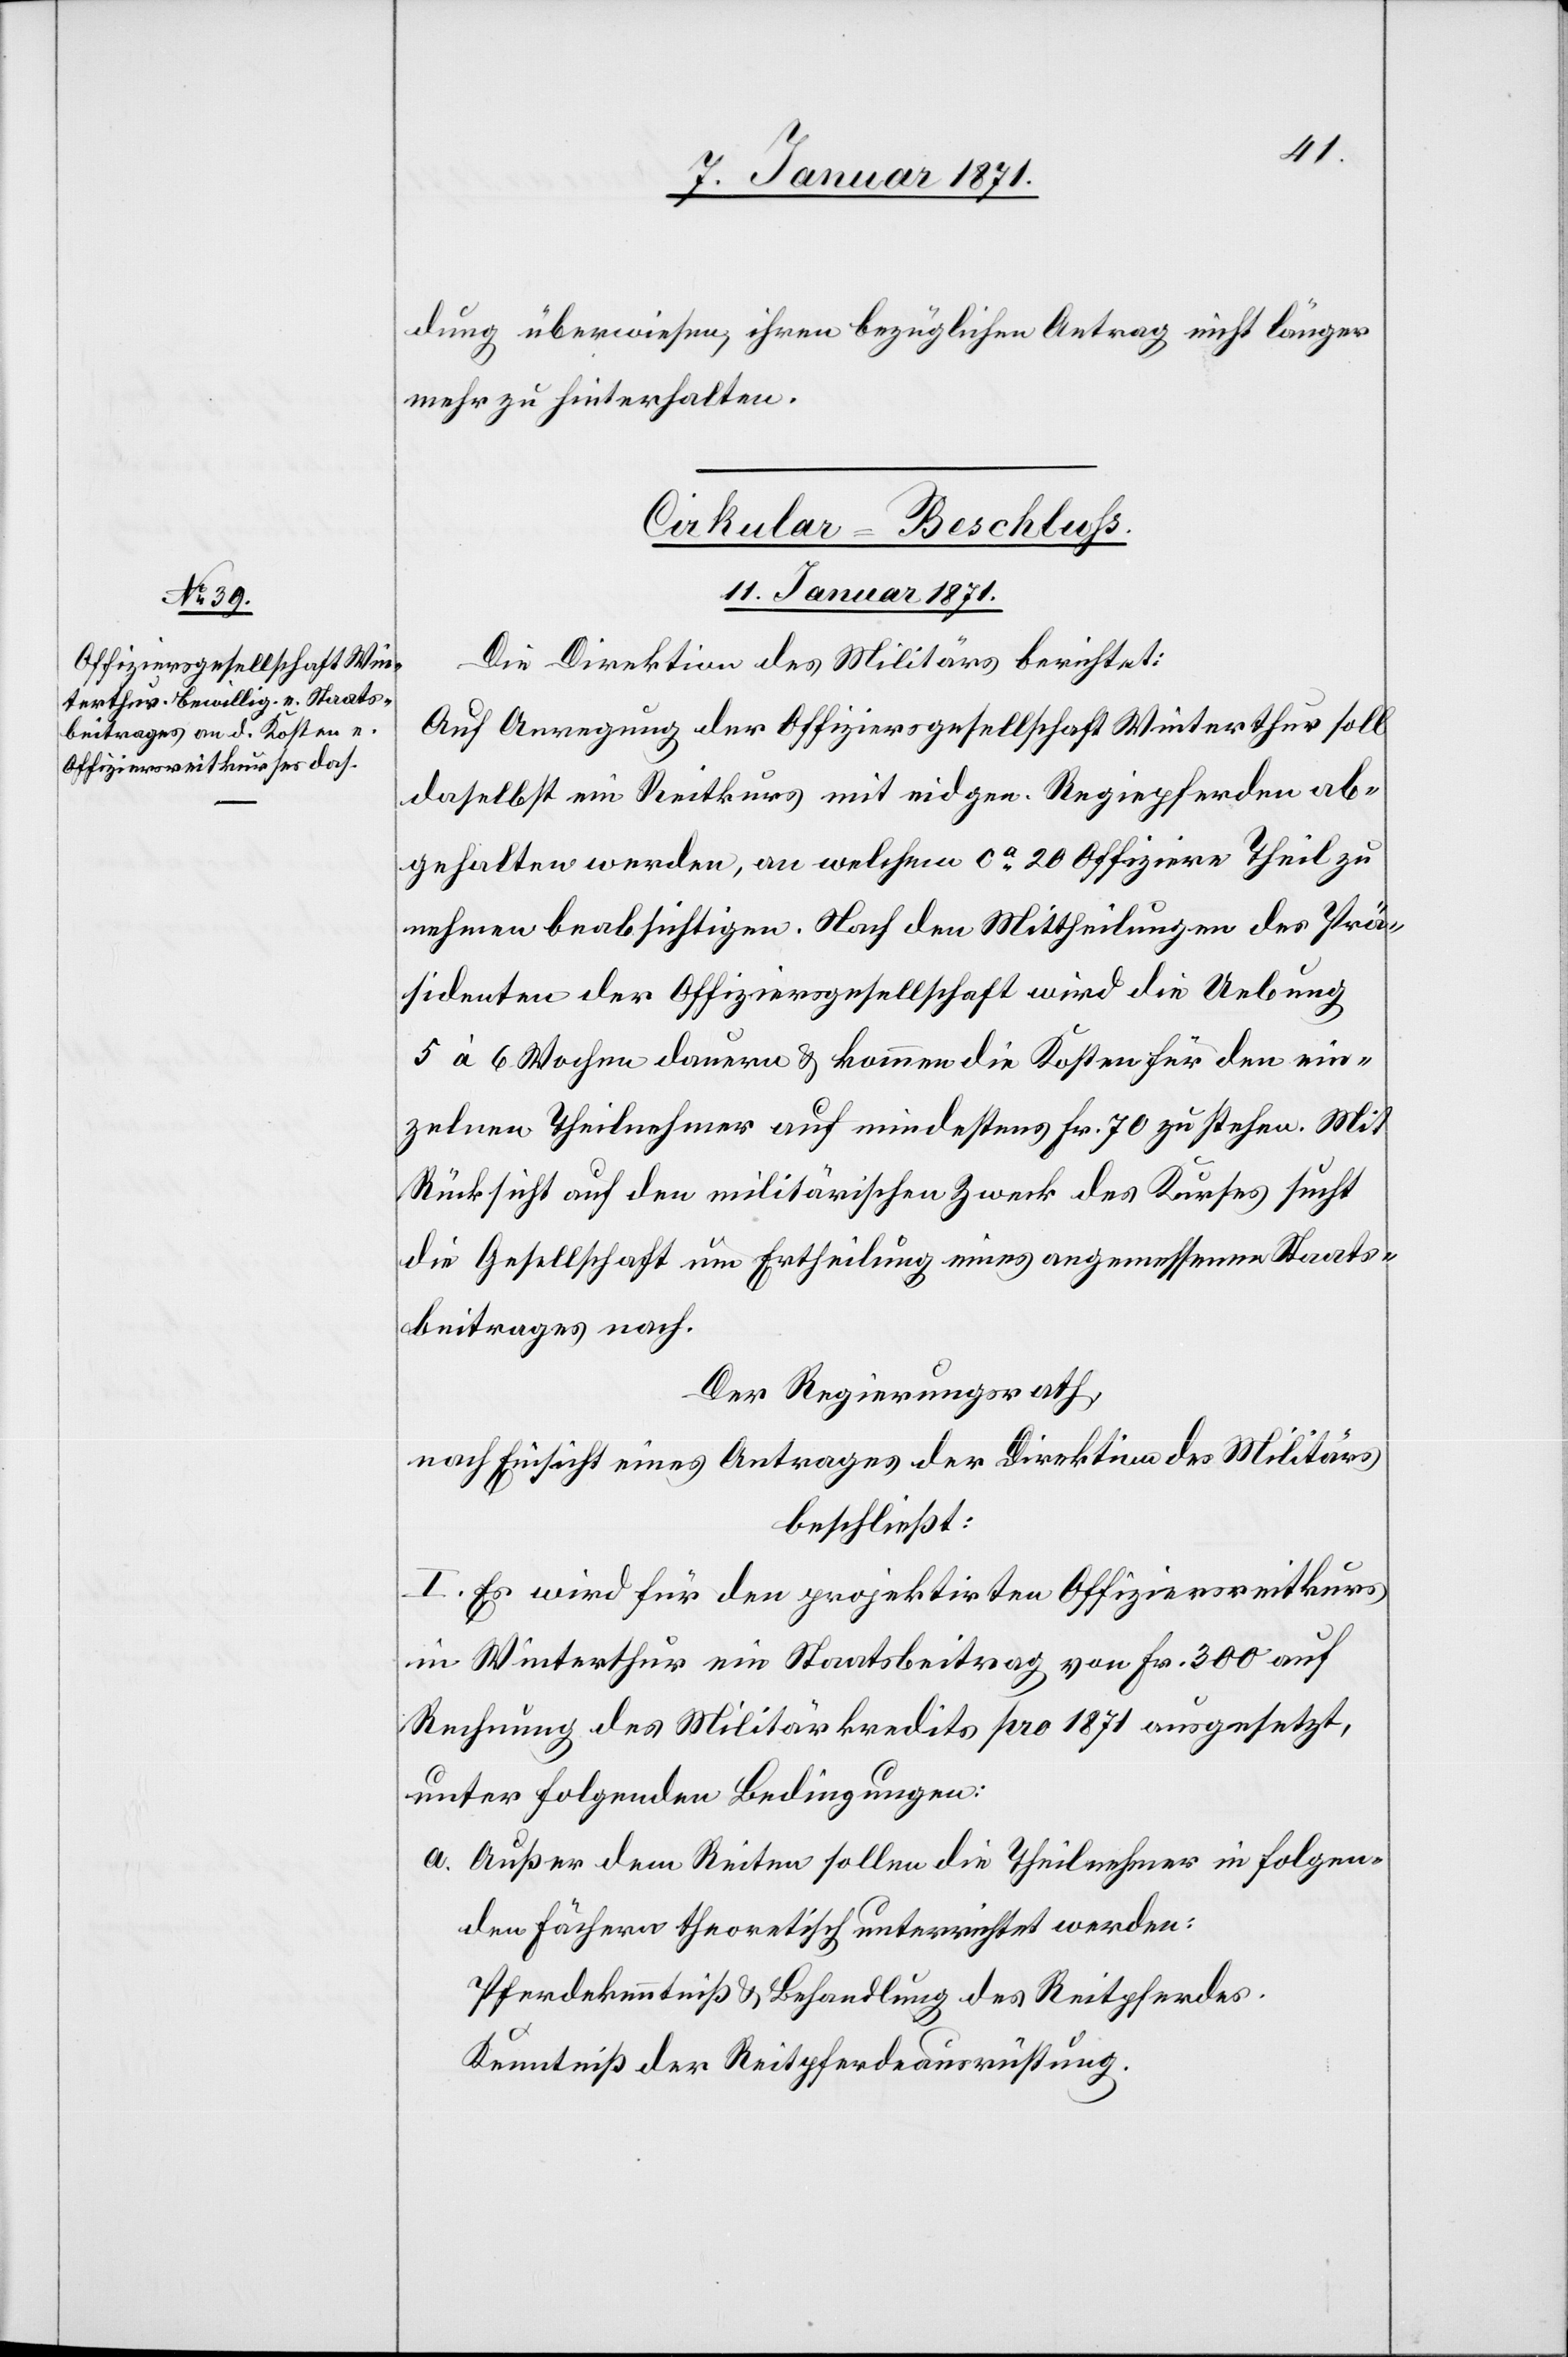
dung überwiesen, ihren bezüglichen Antrag nicht länger
mehr zu hinterhalten.
Cirkular-Beschluß.
11. Januar 1871.
Die Direktion des Militärs berichtet:
Auf Anregung der Offiziersgesellschaft Winterthur soll
daselbst ein Reitkurs mit eidgen. Regiepferden ab¬
gehalten werden, an welchen ca 20 Offiziere Theil zu
nehmen beabsichtigen. Nach den Mittheilungen des Prä¬
sidenten der Offiziersgesellschaft wird die Uebung
5 à 6 Wochen dauern u. kommen die Kosten für den ein¬
zelnen Theilnehmer auf mindestens Fr. 70 zu stehen. Mit
Rücksicht auf den militärischen Zweck des Kurses sucht
die Gesellschaft um Ertheilung eines angemessenen Staats¬
beitrages nach.
Der Regierungsrath,
nach Einsicht eines Antrages der Direktion des Militärs
beschließt:
I. Es wird für den projektirten Offiziersreitkurs
in Winterthur ein Staatsbeitrag von Fr. 300 auf
Rechnung des Militärkredits pro 1871 ausgesetzt,
unter folgenden Bedingungen:
a. Außer dem Reiten sollen die Theilnehmer in folgen¬
den Fächern theoretisch unterrichtet werden:
Pferdekenntniß u. Behandlung des Reitpferdes.
Kenntniß der Reitpferdeausrüstung.